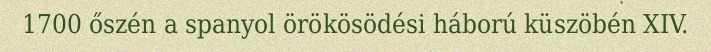
1700 őszén a spanyol örökösödési háború küszöbén XIV.